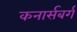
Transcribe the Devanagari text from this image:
कनार्सबर्ग